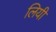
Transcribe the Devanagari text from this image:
लियी